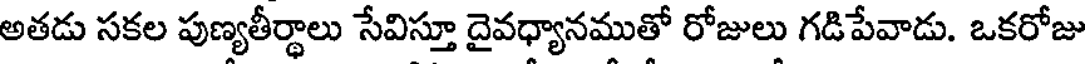
అతడు సకల పుణ్యతీర్థాలు సేవిస్తూ దైవధ్యానముతో రోజులు గడిపేవాడు. ఒకరోజు